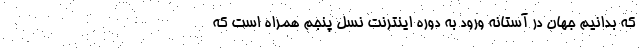
که بدانیم جهان در آستانه ورود به دوره اینترنت نسل پنجم همراه است که